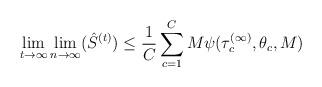
LaTeX: \begin{align*}\lim_{t\to\infty}\lim_{n\to\infty}(\hat S^{(t)})\leq \frac{1}{C}\sum_{c=1}^C M\psi(\tau^{(\infty)}_c,\theta_c,M)\end{align*}